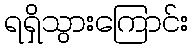
ရရှိသွားကြောင်း